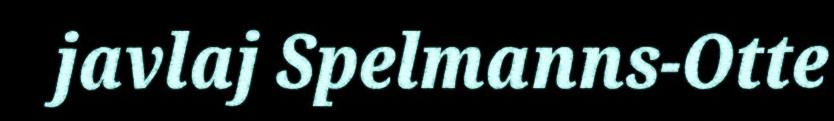
javlaj Spelmanns-Otte